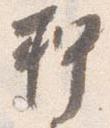
押